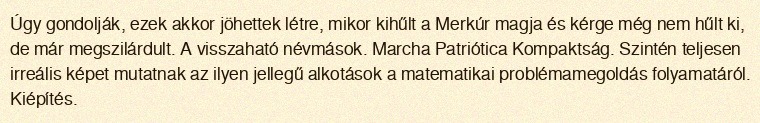
Úgy gondolják, ezek akkor jöhettek létre, mikor kihűlt a Merkúr magja és kérge még nem hűlt ki, de már megszilárdult. A visszaható névmások. Marcha Patriótica Kompaktság. Szintén teljesen irreális képet mutatnak az ilyen jellegű alkotások a matematikai problémamegoldás folyamatáról. Kiépítés.